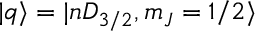
| q \rangle = | n D _ { 3 / 2 } , m _ { J } = 1 / 2 \rangle